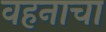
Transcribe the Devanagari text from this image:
वहनाचा